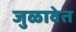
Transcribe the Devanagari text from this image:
जुळावेत